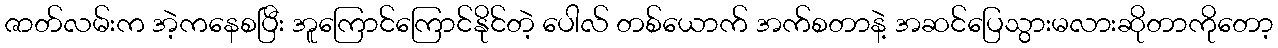
ဇာတ်လမ်းက အဲ့ကနေစပြီး အူကြောင်ကြောင်နိုင်တဲ့ ပေါလ် တစ်ယောက် အက်စတာနဲ့ အဆင်ပြေသွားမလားဆိုတာကိုတော့